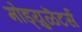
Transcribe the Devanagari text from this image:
मोड्य़ुळॆटर्स